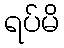
ရပ်မိ